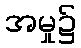
အမှု၌